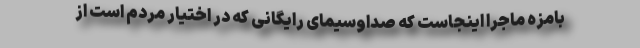
بامزه ماجرا اینجاست که صداوسیمای رایگانی که در اختیار مردم است از